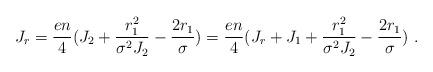
LaTeX: \begin{align*}J_r={{en}\over 4}(J_2+{{r_1^2}\over{\sigma^2J_2}}-{{2r_1}\over{\sigma}})={{en}\over 4}(J_r+J_1+{{r_1^2}\over{\sigma^2J_2}}-{{2r_1}\over{\sigma}})~.\end{align*}